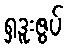
ရှဒူးဇွပ်